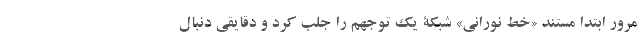
مرور ابتدا مستند «خط نورانی» شبکۀ یک توجهم را جلب کرد و دقایقی دنبال